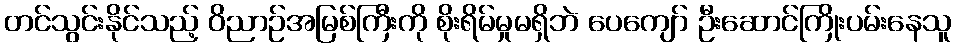
တင်သွင်းနိုင်သည့် ဝိညာဉ်အမြစ်ကြီးကို စိုးရိမ်မှုမရှိဘဲ ပေကျော် ဦးဆောင်ကြိုးပမ်းနေသူ